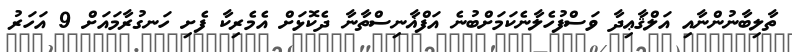
ތާލިބާނުންނާއި އަލްޤާޢިދާ ވަސްފުހެލާނެކަމަށްބުނެ އަފްޣާނިސްތާނާ ދެކޮޅަށް އެމެރިކާ ފެށި ހަނގުރާމައަށް 9 އަހަރު